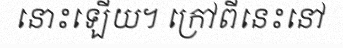
នោះឡើយ។ ក្រៅពីនេះនៅ